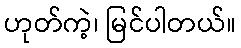
ဟုတ်ကဲ့၊ မြင်ပါတယ်။